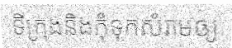
ទីក្រុងនិងកុំទុកសំរាមឲ្យ